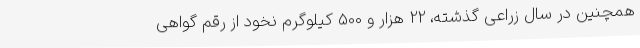
همچنین در سال زراعی گذشته، 22 هزار و 500 کیلوگرم نخود از رقم گواهی